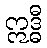
ဣဒ္ဓီ